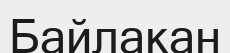
Байлакан